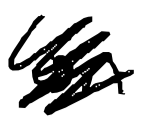
Text: on
Cross-out: scratch
Writing tool: digital_black